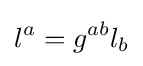
l^{a}=g^{ab}l_{b}